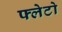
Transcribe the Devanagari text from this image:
फ्लेटो